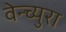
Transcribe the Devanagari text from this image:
वेन्च्युरा